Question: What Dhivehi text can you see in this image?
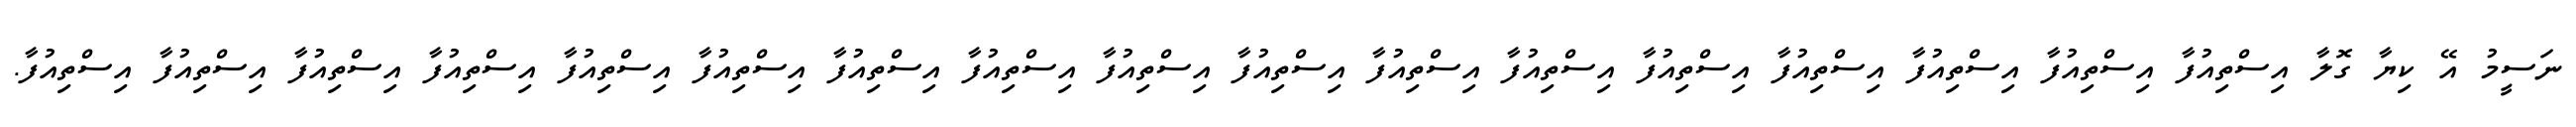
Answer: ނަސީމު އޭ ކިޔާ ގޮލާ އިސްތިއުފާ އިސްތިއުފާ އިސްތިއުފާ އިސްތިއުފާ އިސްތިއުފާ އިސްތިއުފާ އިސްތިއުފާ އިސްތިއުފާ އިސްތިއުފާ އިސްތިއުފާ އިސްތިއުފާ އިސްތިއުފާ އިސްތިއުފާ އިސްތިއުފާ އިސްތިއުފާ އިސްތިއުފާ އިސްތިއުފާ.